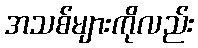
အသစ်များကိုလည်း